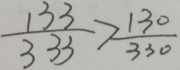
\frac { 1 3 3 } { 3 3 3 } > \frac { 1 3 0 } { 3 3 0 }